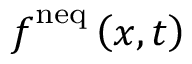
\boldsymbol { f } ^ { \mathrm { n e q } } \left( \boldsymbol { x } , t \right)